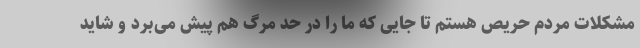
مشکلات مردم حریص هستم تا جایی که ما را در حد مرگ هم پیش می‌برد و شاید